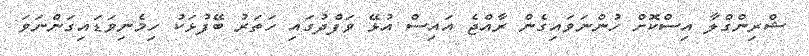
ޝްރިންގްލާ އިސްކޮށް ހުންނަވައިގެން ރާއްޖެ އައިސް އުޅޭ ވަފްދުގައި ހަތަރު ބޭފުޅަކު ހިމެނިވަޑައިގަންނަވަ